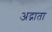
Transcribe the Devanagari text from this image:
अद्गाता